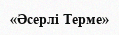
«Әсерлі Терме»